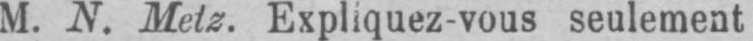
M. N. Metz. Expliquez-vous seulement